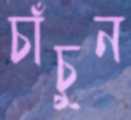
চাঁচুন